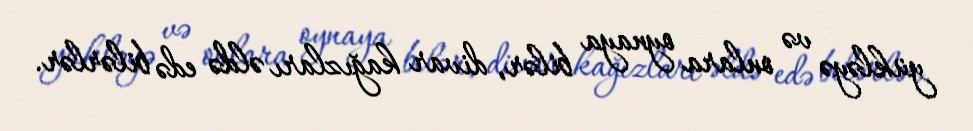
yükləyə və onlara oynaya bilər, divar kağızları əldə edə bilərlər.